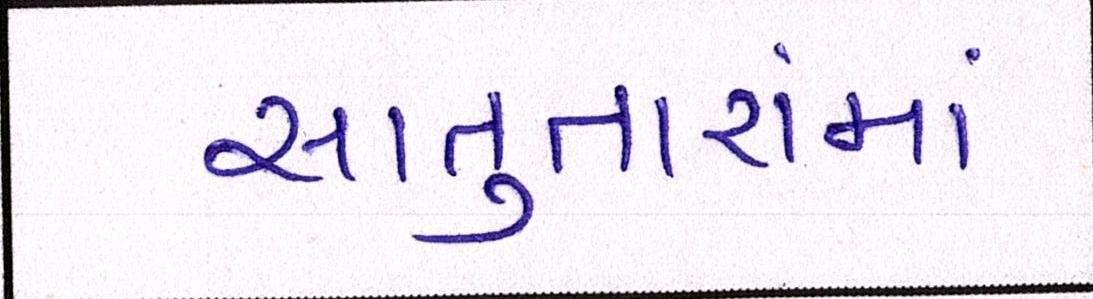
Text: સાપુતારામાં